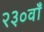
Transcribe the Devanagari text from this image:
२३०वाँ